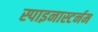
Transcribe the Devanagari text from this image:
स्पाइनास्टर्नम